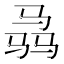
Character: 骉